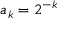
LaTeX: a _ { k } = 2 ^ { - k }